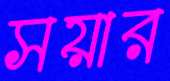
সয়ার